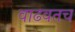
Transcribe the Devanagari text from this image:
वाढवतच